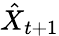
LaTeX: \hat{X}_{t+1}